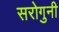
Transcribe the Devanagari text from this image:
सरोगुनी